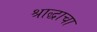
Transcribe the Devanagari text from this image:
श्राद्धाचा